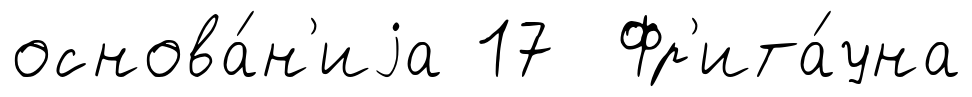
основа́н'иjа 17 Фр'ита́уна